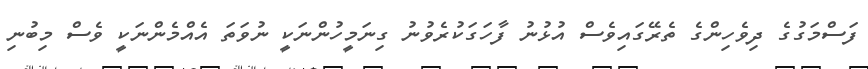
ފަސްމަގުގެ ދިވެހިންގެ ތެރޭގައިވެސް އުޅުނު ފާހަގަކުރެވުނު ގިނަމީހުންނަކީ ނުވަތަ އެއްމެންނަކީ ވެސް މިބުނި